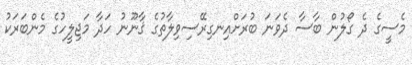
މެސީގެ ދެ ގޯލުން ބާސާ ދެވަނަ ބުރަށްއިނގިރޭސިވިލާތުގެ ޤާނޫނު ހަދާ މަޖިލީހުގެ މެންބަރަކު